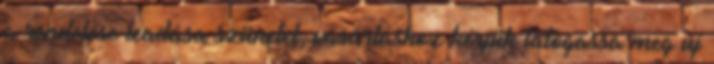
a rendelése leadása szünetel, vásárláshoz kérjük látogassa meg új